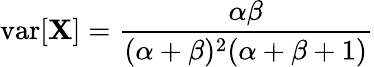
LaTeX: \operatorname{var}[\mathbf{X}]={\frac{{\alpha\beta}}{{(\alpha+\beta)^{2}(\alpha+\beta+1)}}}